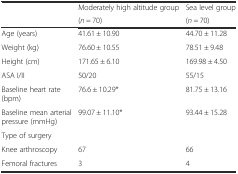
| <ROWSPAN=2>  | Moderately high altitude group | Sea level group |
 | (n = 70) | (n = 70) |
 | --- | --- | --- |
 | Age (years) | 41.61 ± 10.90 | 44.70 ± 11.28 |
 | Weight (kg) | 76.60 ± 10.55 | 78.51 ± 9.48 |
 | Height (cm) | 171.65 ± 6.10 | 169.98 ± 4.50 |
 | ASA I/II | 50/20 | 55/15 |
 | Baseline heart rate (bpm) | 76.6 ± 10.29* | 81.75 ± 13.16 |
 | Baseline mean arterial pressure (mmHg) | 99.07 ± 11.10* | 93.44 ± 15.28 |
 | Type of surgery |  |  |
 | Knee arthroscopy | 67 | 66 |
 | Femoral fractures | 3 | 4 |